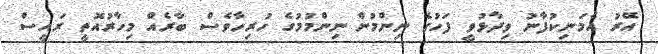
އޭރު އެމަނިކުފާނު ވިދާޅުވީ ފަހުގެ ނިންމުން ނިންމުމުގެ ހުރިހާވެސް ބާރެއް މިހާރުއޮތީ ރައީސް